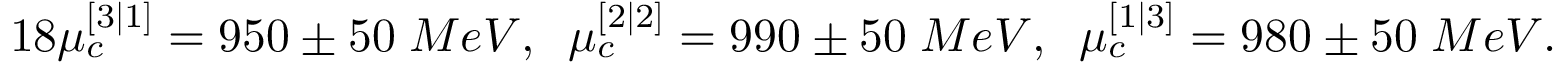
1 8 \mu _ { c } ^ { [ 3 | 1 ] } = 9 5 0 \pm 5 0 \; M e V , \; \; \mu _ { c } ^ { [ 2 | 2 ] } = 9 9 0 \pm 5 0 \; M e V , \; \; \mu _ { c } ^ { [ 1 | 3 ] } = 9 8 0 \pm 5 0 \; M e V .